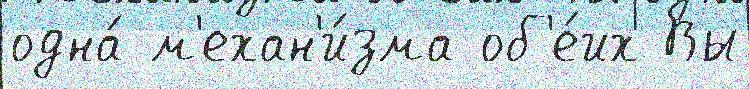
одна́ м'ехан'и́зма об'е́их Вы